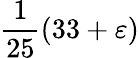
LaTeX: {\frac{1}{25}}(33+\varepsilon)